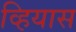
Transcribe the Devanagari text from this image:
व्हियास